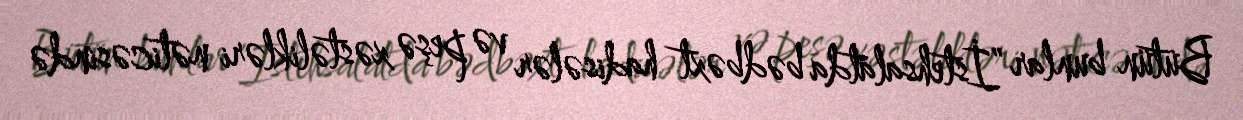
Bütün bunlar ”İstehsalatda bədbəxt hadisələr və peşə xəstəlikləri nəticəsində